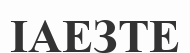
ІАЕЗТЕ